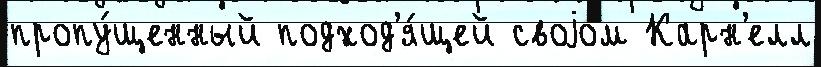
пропу́щенный подход'я́щей своjо́м Карн'елл